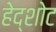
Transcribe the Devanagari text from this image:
हेद्शोट